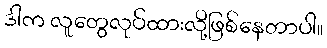
ဒါက လူတွေလုပ်ထားလို့ဖြစ်နေတာပါ။